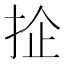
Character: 𢬖